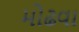
મોઢવા